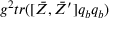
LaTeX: g ^ { 2 } t r ( [ \bar { Z } , \bar { Z } ^ { \prime } ] q _ { b } q _ { b } )